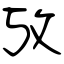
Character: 攷